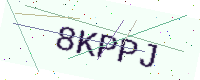
Text: 8KPPJ